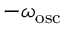
- \omega _ { \mathrm { o s c } }